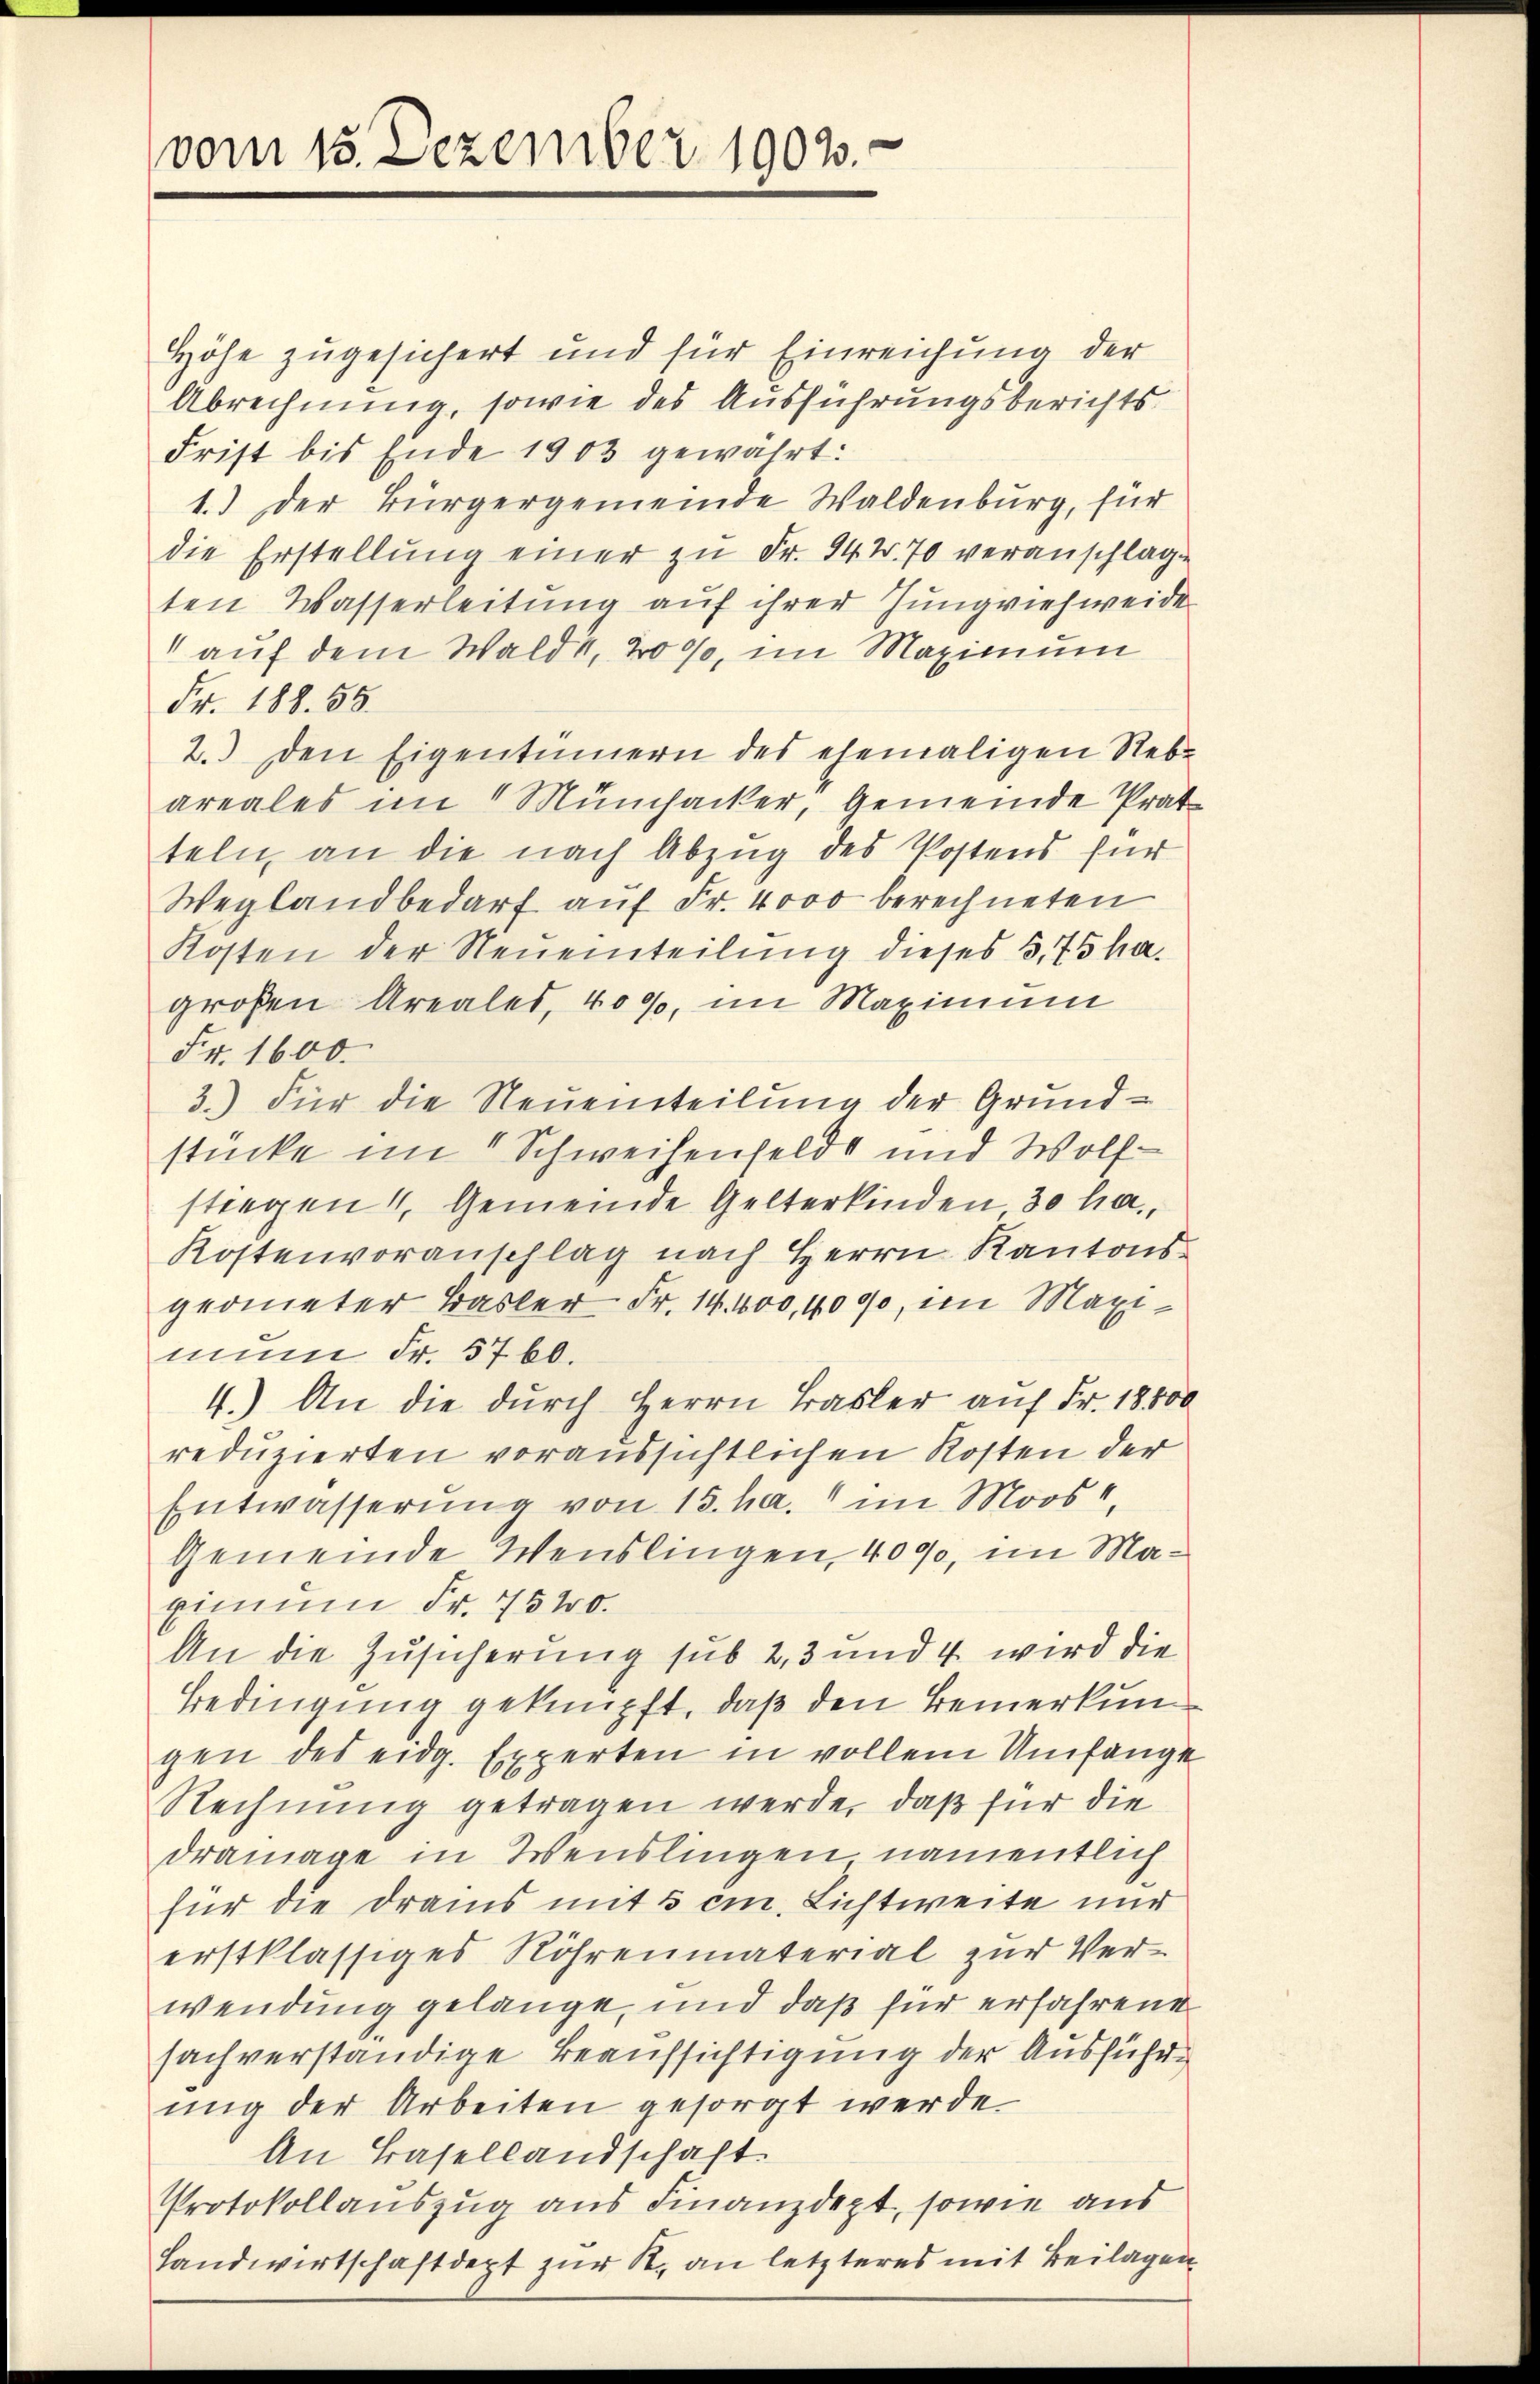
vom 15. Dezember 1903.

Höhe zugesichert und für Einreichung der
Abrechnung, sowie des Ausführungsberichts
Frist bis Ende 1903 gewährt:
1.) Der Bürgergemeinde Waldenburg, für
die Erstellŭng einer zŭ Fr. 942. 70 veranschlage
ten Wasserleitung auf ihrer Jungviehweide
 auf dem Wald 1, 2000, im Maximum
Fr. 188. 58.
2. den Eigentümern des ehemaligen Reb-
areales im Münchacker, Gemeinde Prat
teln, an die nach Abzug des Postens für
Weglandbedarf aŭf Fr. 4000 berechneten
Kosten der Neueinteilung dieses 3. 75 ha
großen Areales, 4000. im Maximum
Fr. 1600.
3.) Für die Neueinteilung der Grundstücke im Schweihenfeldt und Wolf
stiegen Gemeinde Gelterkinden 30 ha
Kostenvoranschlag nach Herrn Kantonsgeometer Basler Fr. 14. 400,4000, im Maximun Fr. 5760.
4.) An die durch Herrn Basler auf Fr. 18800
reduzierten voraussichtlichen Kosten der
Entwässerŭng von 15. ha. im Moos,
Gemeinde Wenslingen, 4000, im Maxinum Fr. 7540.
An die Zusicherung sub 23 und 4 wird die
Bedingung geknüpft, daß den Bemerkung
gen des eidg. Experten in vollem Umfange
Rechnung getragen werden, daß für die
dramage in Weislingen namentlich
für die drams mit 5 cm. Lichtweite nur
erstklässiges Röhrenmaterial zur Ver-
wendung gelange, und daß für erfahrene
sachverständige Beaufsichtigung der Ausführŭng der Arbeiten gesorgt werde.
An Basellandschaft.
Protokollauszug aus Finanzdept, sowie aus
Landwirtschaft dept zur R. an letzteres mit Beilagen